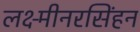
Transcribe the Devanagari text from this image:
लक्ष्मीनरसिंहन